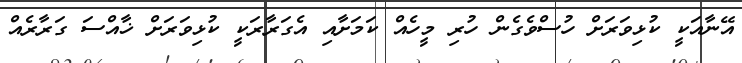
އޭނާއަކީ ކުޅިވަރަށް ހުސްވެގެން ހުރި މީހެއް ކަމަށާއި އެގަރާރަކީ ކުޅިވަރަށް ޚާއްސަ ގަރާރެއް